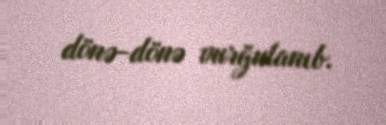
dönə-dönə vurğulanıb.